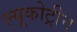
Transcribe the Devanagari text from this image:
ल्यूकोट्रीन